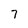
Character: 7